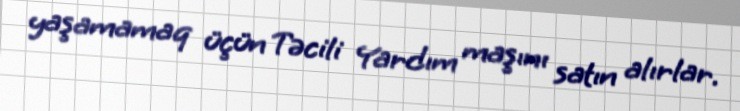
yaşamamaq üçün Təcili Yardım maşını satın alırlar.